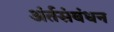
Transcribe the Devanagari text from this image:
अंर्तसंबंधन